Vaccination Hyderabad 1890-1903 - 1890-1903
Year: 1890
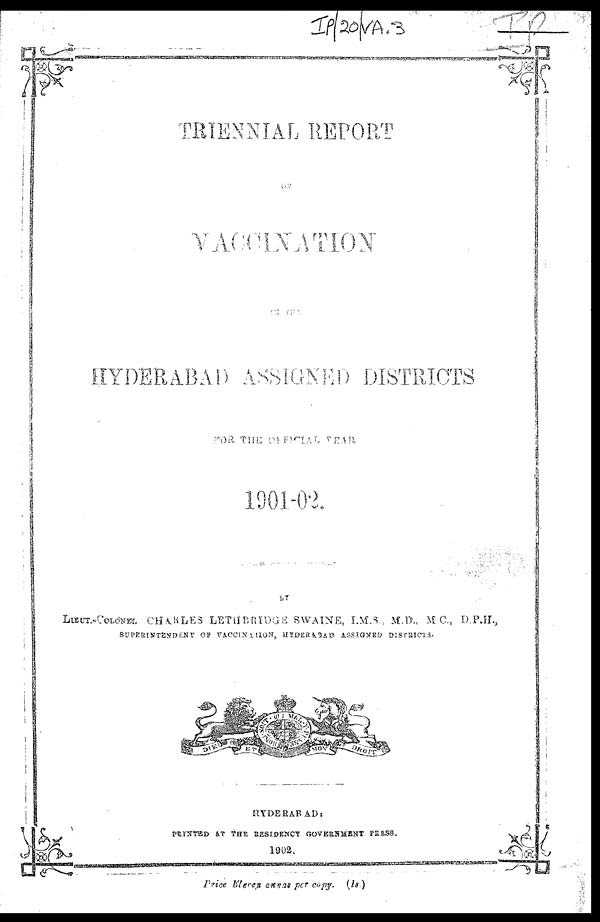
TRIENNIAL REPORT
ON
VACCINATION
ON THE
HYDERABAD ASSIGNED DISTRICTS
FOR THE OFFICIAL YEAR
1901-02.
BY
LIEUT.-COLONEL CHARLES LETHBRIDGE SWAINE, I.M.S., M.D., M.C., D.P.H.,
SUPERINTENDENT OF VACCINATION, HYDERABAD ASSIGNED DISTRICTS.
HYDERABAD:
PRINTED AT THE RESIDENCY GOVERNMENT PRESS.
1902.
price Eleven annas per copy. (1s.)